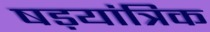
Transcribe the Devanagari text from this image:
षड़यांत्रिक